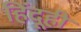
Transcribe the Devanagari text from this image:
हिंदूही